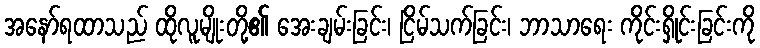
အနော်ရထာသည် ထိုလူမျိုးတို့၏ အေးချမ်းခြင်း၊ ငြိမ်သက်ခြင်း၊ ဘာသာရေး ကိုင်းရှိုင်းခြင်းကို